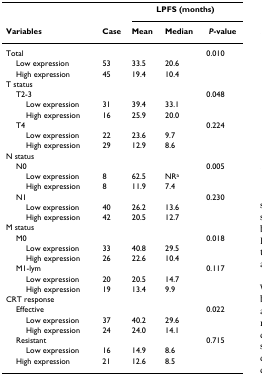
<table><thead><tr><td></td><td></td><td colspan="3"><b>LPFS (months)</b></td></tr><tr><td><b>Variables</b></td><td><b>Case</b></td><td><b>Mean</b></td><td><b>Median</b></td><td><b><i>P</i>-value</b></td></tr></thead><tbody><tr><td>Total</td><td></td><td></td><td></td><td>0.010</td></tr><tr><td> Low expression</td><td>53</td><td>33.5</td><td>20.6</td><td></td></tr><tr><td> High expression</td><td>45</td><td>19.4</td><td>10.4</td><td></td></tr><tr><td>T status</td><td></td><td></td><td></td><td></td></tr><tr><td> T2-3</td><td></td><td></td><td></td><td>0.048</td></tr><tr><td>Low expression</td><td>31</td><td>39.4</td><td>33.1</td><td></td></tr><tr><td>High expression</td><td>16</td><td>25.9</td><td>20.0</td><td></td></tr><tr><td> T4</td><td></td><td></td><td></td><td>0.224</td></tr><tr><td>Low expression</td><td>22</td><td>23.6</td><td>9.7</td><td></td></tr><tr><td>High expression</td><td>29</td><td>12.9</td><td>8.6</td><td></td></tr><tr><td>N status</td><td></td><td></td><td></td><td></td></tr><tr><td> N0</td><td></td><td></td><td></td><td>0.005</td></tr><tr><td>Low expression</td><td>8</td><td>62.5</td><td>NR<sup>a</sup></td><td></td></tr><tr><td>High expression</td><td>8</td><td>11.9</td><td>7.4</td><td></td></tr><tr><td> N1</td><td></td><td></td><td></td><td>0.230</td></tr><tr><td>Low expression</td><td>40</td><td>26.2</td><td>13.6</td><td></td></tr><tr><td>High expression</td><td>42</td><td>20.5</td><td>12.7</td><td></td></tr><tr><td>M status</td><td></td><td></td><td></td><td></td></tr><tr><td> M0</td><td></td><td></td><td></td><td>0.018</td></tr><tr><td>Low expression</td><td>33</td><td>40.8</td><td>29.5</td><td></td></tr><tr><td>High expression</td><td>26</td><td>22.6</td><td>10.4</td><td></td></tr><tr><td> M1-lym</td><td></td><td></td><td></td><td>0.117</td></tr><tr><td>Low expression</td><td>20</td><td>20.5</td><td>14.7</td><td></td></tr><tr><td>High expression</td><td>19</td><td>13.4</td><td>9.9</td><td></td></tr><tr><td>CRT response</td><td></td><td></td><td></td><td></td></tr><tr><td> Effective</td><td></td><td></td><td></td><td>0.022</td></tr><tr><td>Low expression</td><td>37</td><td>40.2</td><td>29.6</td><td></td></tr><tr><td>High expression</td><td>24</td><td>24.0</td><td>14.1</td><td></td></tr><tr><td> Resistant</td><td></td><td></td><td></td><td>0.715</td></tr><tr><td>Low expression</td><td>16</td><td>14.9</td><td>8.6</td><td></td></tr><tr><td> High expression</td><td>21</td><td>12.6</td><td>8.5</td><td></td></tr></tbody></table>